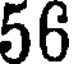
56